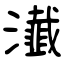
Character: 瀐